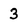
Character: 3